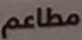
مطاعم